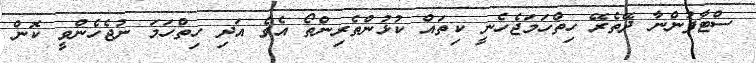
ސްޓާފުންނާ ދޭތެރޭ ހިތްހަމަޖެހެނީ ކިތައް ކުޅުންތެރިންތޯ އެވެ އަދި ހިތްހަމަ ނުޖެހެންވީ ކޮން